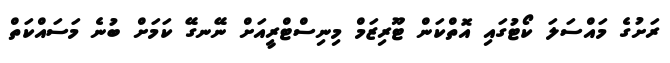
ރަށުގެ މައްސަލަ ކޯޓުގައި އޮތްކަން ޓޫރިޒަމް މިނިސްޓްރީއަށް ނޭނގޭ ކަމަށް ބުނެ މަސައްކަތް